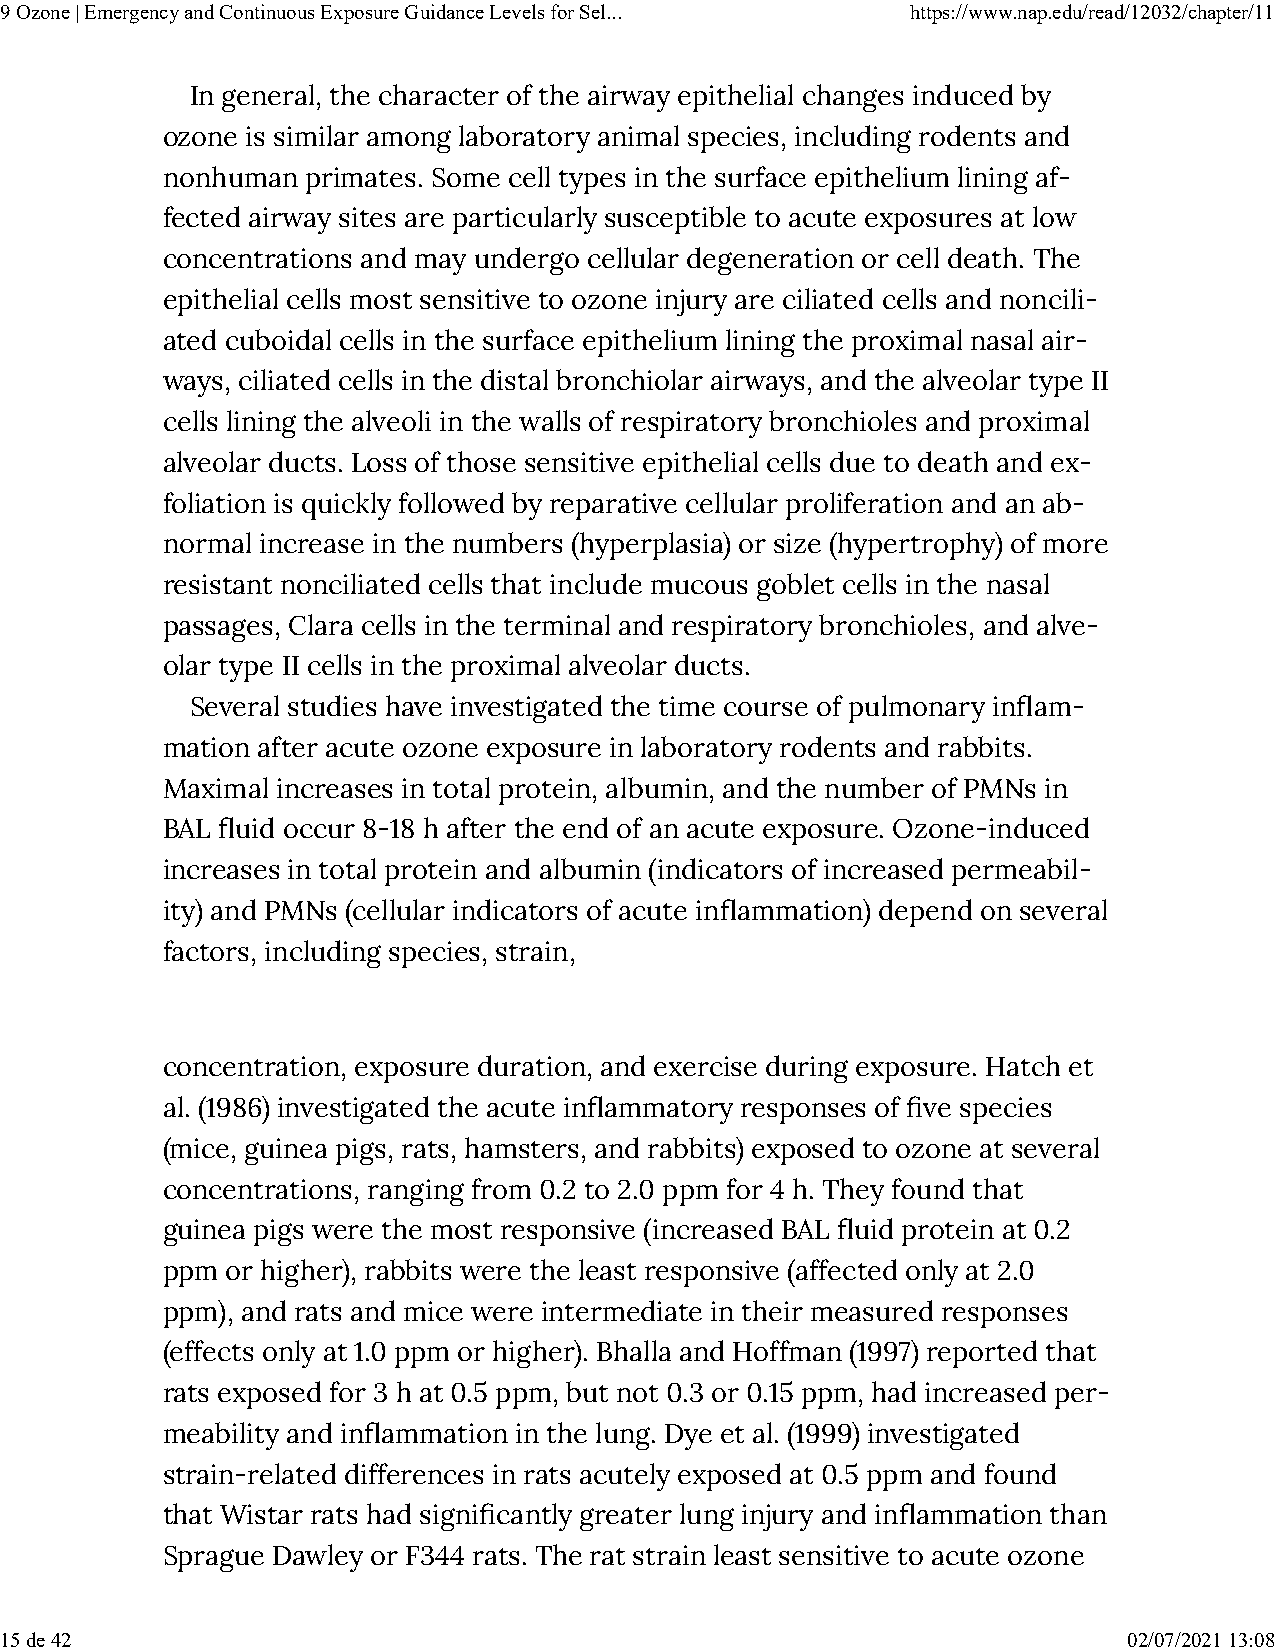
9 Ozone | Emergency and Continuous Exposure Guidance Levels for Sel... https://www.nap.edu/read/12032/chapter/11
 In general, the character of the airway epithelial changes induced by
 ozone is similar among laboratory animal species, including rodents and
 nonhuman primates. Some cell types in the surface epithelium lining af-
 fected airway sites are particularly susceptible to acute exposures at low
 concentrations and may undergo cellular degeneration or cell death. The
 epithelial cells most sensitive to ozone injury are ciliated cells and noncili-
 ated cuboidal cells in the surface epithelium lining the proximal nasal air-
 ways, ciliated cells in the distal bronchiolar airways, and the alveolar type II
 cells lining the alveoli in the walls of respiratory bronchioles and proximal
 alveolar ducts. Loss of those sensitive epithelial cells due to death and ex-
 foliation is quickly followed by reparative cellular proliferation and an ab-
 normal increase in the numbers (hyperplasia) or size (hypertrophy) of more
 resistant nonciliated cells that include mucous goblet cells in the nasal
 passages, Clara cells in the terminal and respiratory bronchioles, and alve-
 olar type II cells in the proximal alveolar ducts.
 Several studies have investigated the time course of pulmonary in�am-
 mation after acute ozone exposure in laboratory rodents and rabbits.
 Maximal increases in total protein, albumin, and the number of PMNs in
 BAL �uid occur 8-18 h after the end of an acute exposure. Ozone-induced
 increases in total protein and albumin (indicators of increased permeabil-
 ity) and PMNs (cellular indicators of acute in�ammation) depend on several
 factors, including species, strain,
 concentration, exposure duration, and exercise during exposure. Hatch et
 al. (1986) investigated the acute in�ammatory responses of �ve species
 (mice, guinea pigs, rats, hamsters, and rabbits) exposed to ozone at several
 concentrations, ranging from 0.2 to 2.0 ppm for 4 h. They found that
 guinea pigs were the most responsive (increased BAL �uid protein at 0.2
 ppm or higher), rabbits were the least responsive (affected only at 2.0
 ppm), and rats and mice were intermediate in their measured responses
 (effects only at 1.0 ppm or higher). Bhalla and Hoffman (1997) reported that
 rats exposed for 3 h at 0.5 ppm, but not 0.3 or 0.15 ppm, had increased per-
 meability and in�ammation in the lung. Dye et al. (1999) investigated
 strain-related differences in rats acutely exposed at 0.5 ppm and found
 that Wistar rats had signi�cantly greater lung injury and in�ammation than
 Sprague Dawley or F344 rats. The rat strain least sensitive to acute ozone
 15 de 42                                                                   02/07/2021 13:08